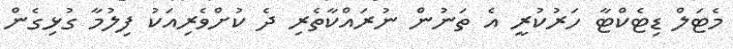
މެޓަލް ޑިޓެކްޓާ ހަރުކުރީ އެ ތަނުން ނުރައްކާތެރި ދެ ކުށްވެރިއަކު ފިލުމާ ގުޅިގެން